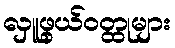
လှူဖွယ်ဝတ္ထုများ